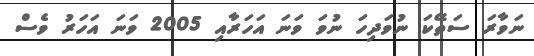
ނަވާރަ ސަތޭކަ ނުވަދިހަ ނުވަ ވަނަ އަހަރާއި 2005 ވަނަ އަހަރު ވެސް